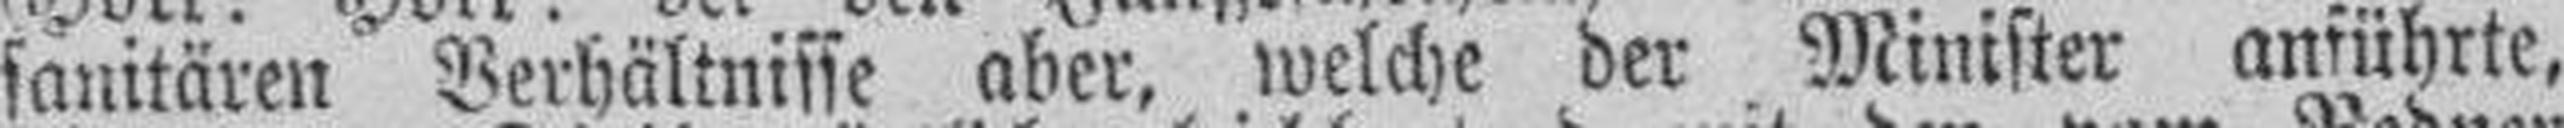
sanitären Verhältnisse aber, welche der Minister anführte,